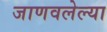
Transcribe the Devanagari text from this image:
जाणवलेल्या